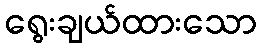
ရွေးချယ်ထားသော